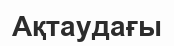
Ақтаудағы